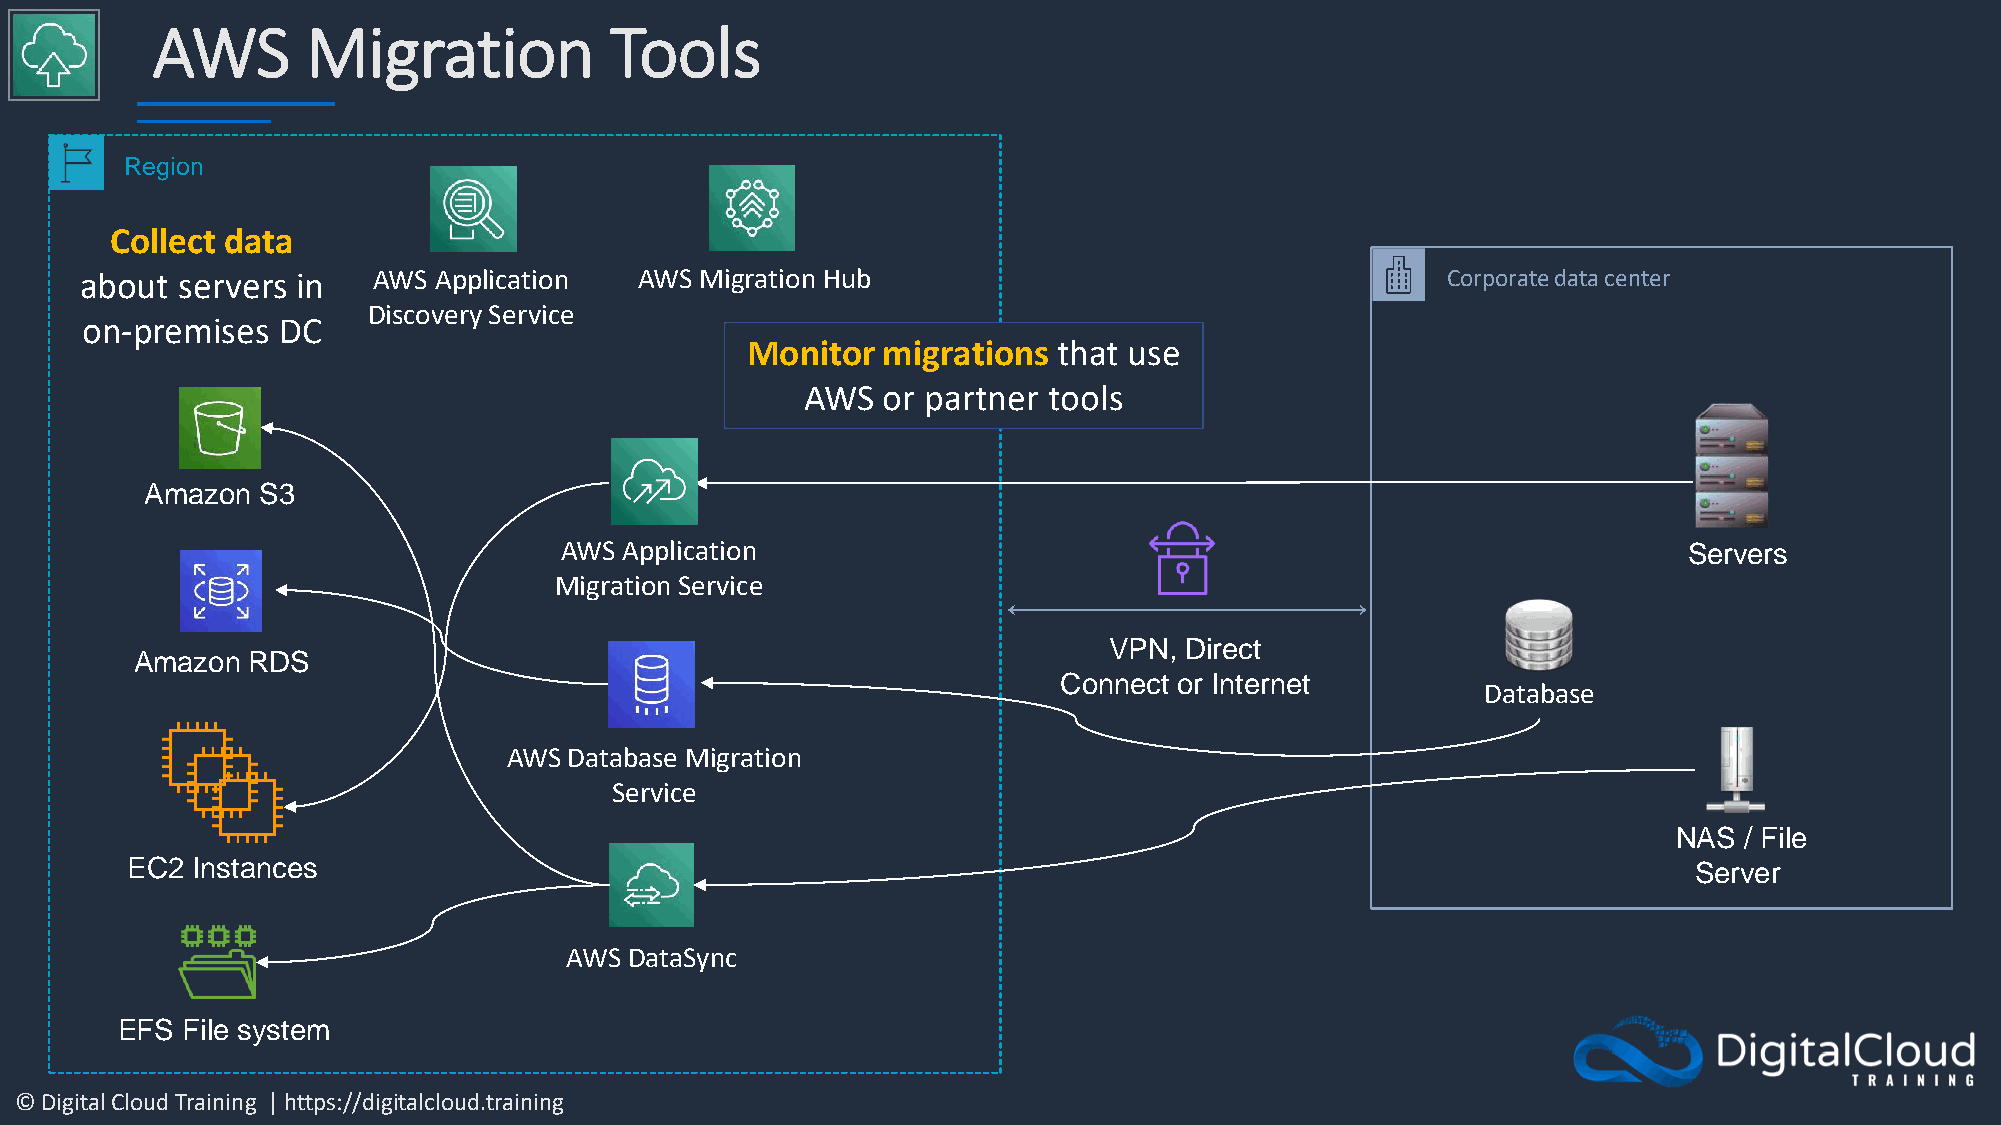
AWS       Migration           Tools
 Region
 Collect data
 about  servers in   AWS Application  AWS Migration Hub                                     Corporate data center
 Discovery Service
 on-premises  DC
 Monitor  migrations  that use
 AWS  or partner tools
 Amazon S3
 AWS Application                                                            Servers
 Migration Service
 VPN, Direct
 Amazon RDS
 Connect or Internet
 Database
 AWS Database Migration
 Service
 NAS / File
 EC2  Instances                                                                                          Server
 AWS  DataSync
 EFS File system
 © Digital Cloud Training | https://digitalcloud.training